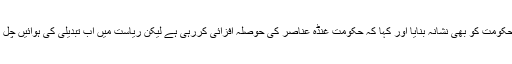
وزیر اعظم نے اتر پردیش کی سماج وادی پارٹی کی حکومت کو بھی نشانہ بنایا اور کہا کہ حکومت غنڈہ عناصر کی حوصلہ افزائی کررہی ہے لیکن ریاست میں اب تبدیلی کی ہوائیں چل رہی ہیں اور عوام مزید اسے برداشت نہیں کریں گے ۔